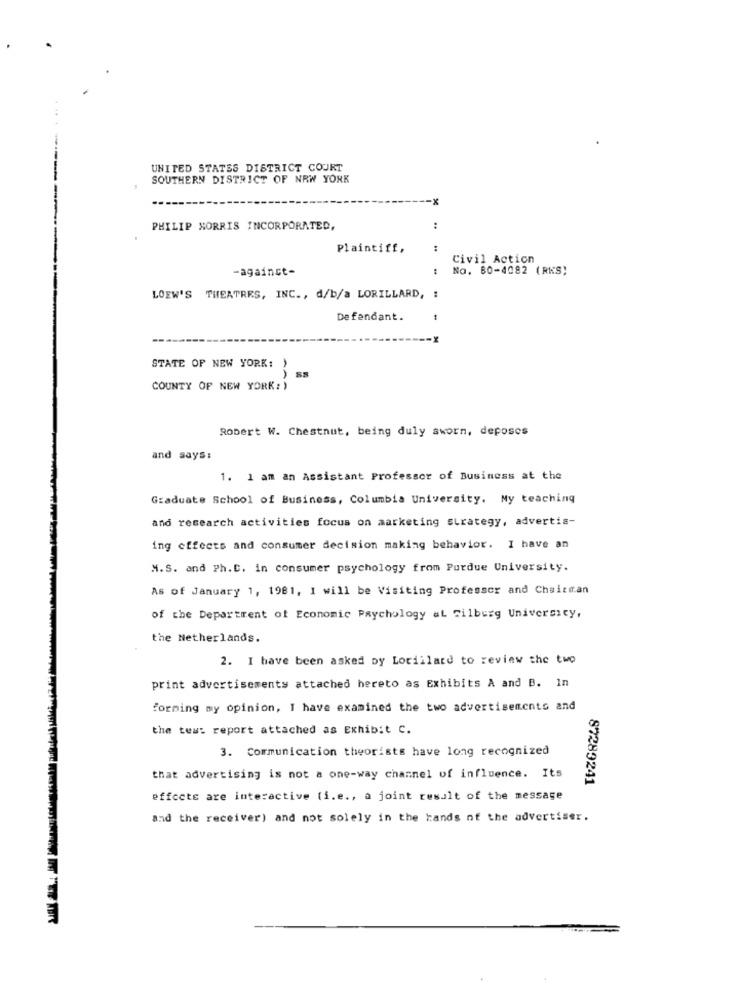
UNITED STATES DISTRICT COURT
SOUTHERN DISTRICT OF NEW YORK
-x
PHILIP MORRIS INCORPORATED,
:
Plaintiff,
:
Civil Action
-against-
:
No. 80-4082 (RKS)
LOEW'S THEATRES, INC ., d/b/a LORILLARD, :
Defendant.
STATE OF NEW YORK:
COUNTY OF NEW YORK: )
Robert W. Chestnut, being duly sworn, deposes
and says:
1. 1 am an Assistant Professor of Business at the
Graduate School of Business, Columbia University. My teaching
and research activities focus on marketing strategy, advertis-
ing effects and consumer decision making behavior. I have an
M.S. and Ph.D. in consumer psychology from Purdue University.
As of January 1, 1981, I will be Visiting Professor and Chairman
of the Department of Economic Psychology al Tilburg University,
the Netherlands.
2. I have been asked by Lorillard to review the two
print advertisements attached hereto as Exhibits A and B. In
forming my opinion, I have examined the two advertisements and
the tes: report attached as Exhibit C.
3. Communication theorists have long recognized
that advertising is not a one-way channel of influence. Its
87289241
effects are interactive (i.e ., a joint result of the message
and the receiver) and not solely in the hands of the advertiser.